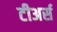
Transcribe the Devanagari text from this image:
टीअर्स